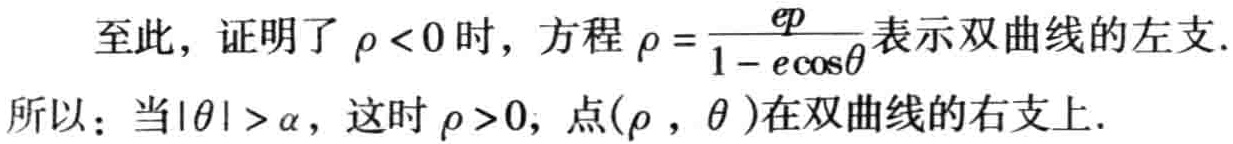
至此，证明了\(\rho < 0\)时，方程\(\rho = \frac{ep}{1 - e\cos\theta}\)表示双曲线的左支.
所以：当\(|\theta| > \alpha\)，这时\(\rho > 0\)，点\((\rho, \theta)\)在双曲线的右支上.